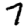
Digit: 7